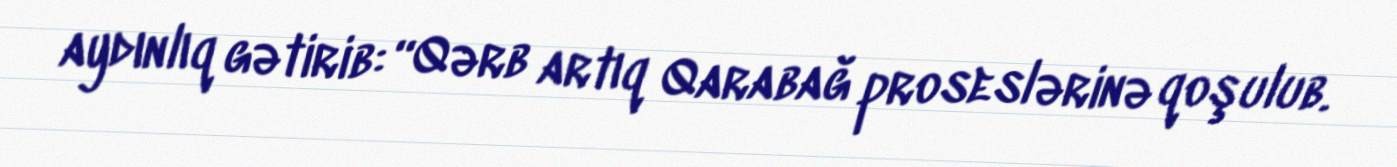
aydınlıq gətirib: “Qərb artıq Qarabağ proseslərinə qoşulub.